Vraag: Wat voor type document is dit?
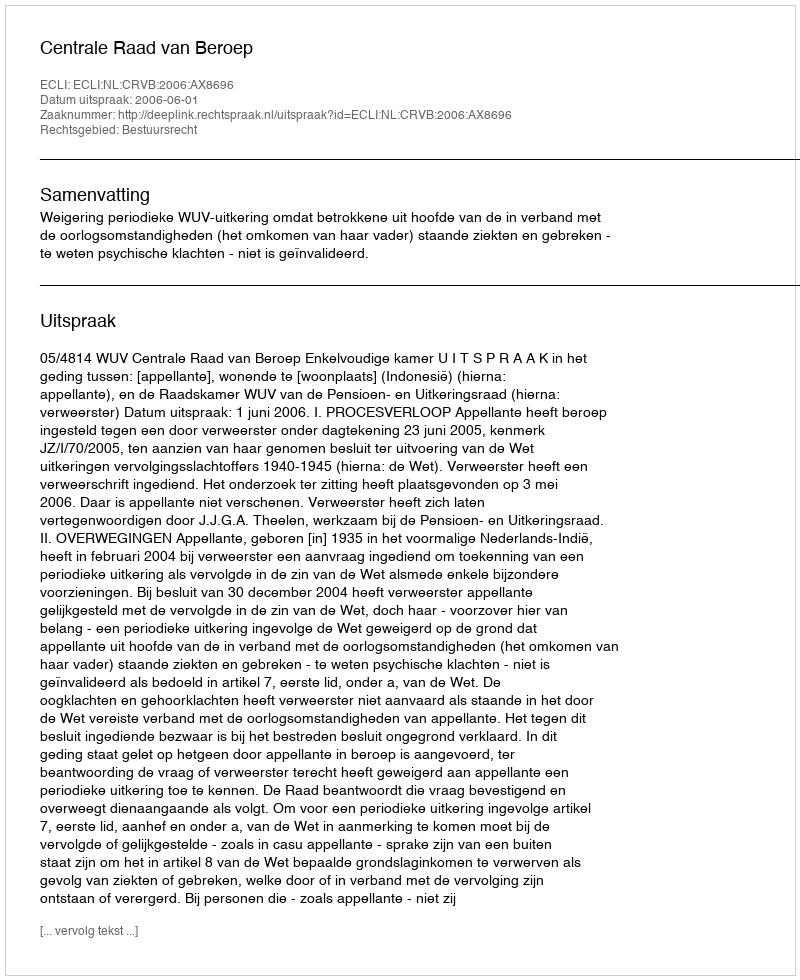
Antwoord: Uitspraak